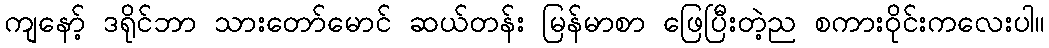
ကျနော့် ဒရိုင်ဘာ သားတော်မောင် ဆယ်တန်း မြန်မာစာ ဖြေပြီးတဲ့ည စကားဝိုင်းကလေးပါ။